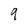
Character: 9